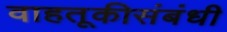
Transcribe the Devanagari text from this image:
वाहतूकीसंबंधी